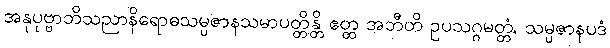
အနုပုဗ္ဗာဘိသညာနိရောဓသမ္ပဇာနသမာပတ္တိန္တိ ဧတ္ထ အဘီတိ ဥပသဂ္ဂမတ္တံ, သမ္ပဇာနပဒံ